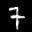
Label: 7